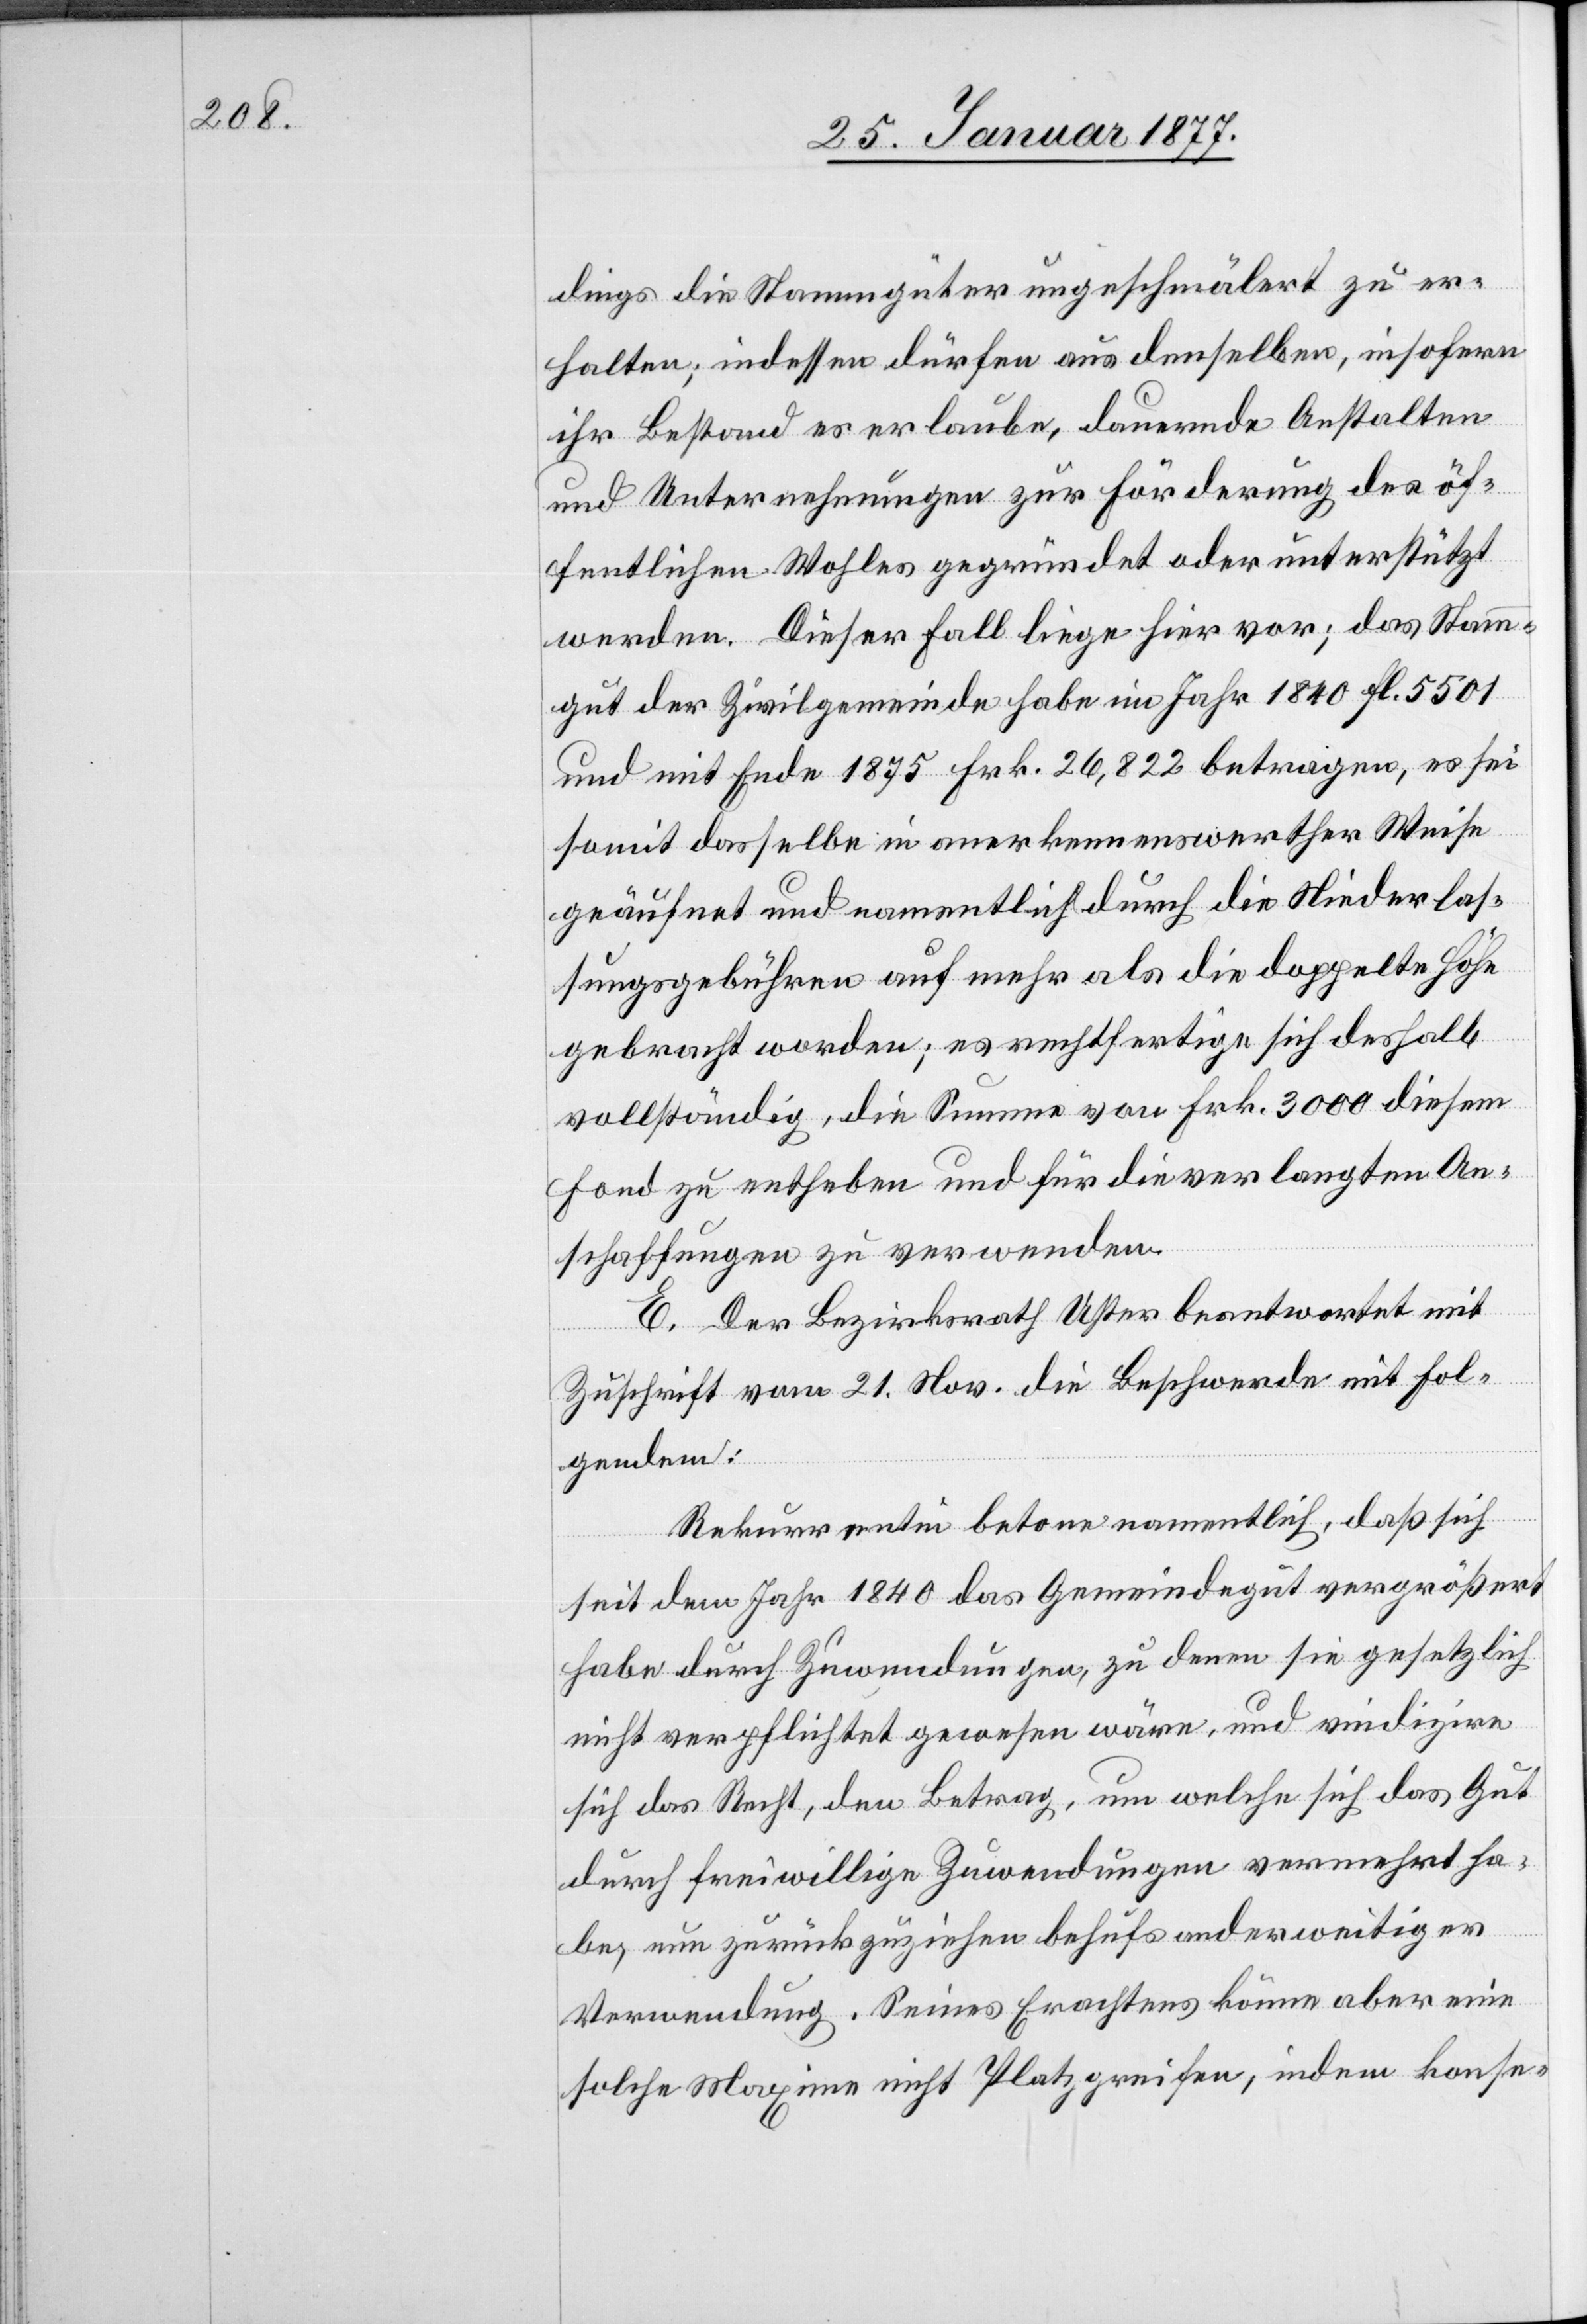
dings die Stammgüter ungeschmälert zu er¬
halten; indessen dürfen aus denselben, insofern
ihr Bestand es erlaube, dauernde Anstalten
und Unternehmungen zur Förderung des öf¬
fentlichen Wohles gegründet oder unterstützt
werden. Dieser Fall liege hier vor; das Stamm¬
gut der Zivilgemeinde habe im Jahr 1840 fl. 5501
und mit Ende 1875 Frk. 26,822 betragen, es sei
somit dasselbe in anerkennenswerther Weise
geäufnet und namentlich durch die Niederlas¬
sungsgebühren auf mehr als die doppelte Höhe
gebracht worden; es rechtfertige sich deshalb
vollständig, die Summe von Frk. 3000 diesem
Fond zu entheben und für die verlangten An¬
schaffungen zu verwenden.
E. Der Bezirksrath Uster beantwortet mit
Zuschrift vom 21. Nov. die Beschwerde mit Fol¬
gendem:
Rekurrentin betone namentlich, daß sich
seit dem Jahr 1840 das Gemeindegut vergrößert
habe durch Zuwendungen, zu denen sie gesetzlich
nicht verpflichtet gewesen wäre, und vindizire
sich das Recht, den Betrag, um welche[n] sich das Gut
durch freiwillige Zuwendungen vermehrt ha¬
be, nun zurückzuziehen behufs anderweitiger
Verwendung. Seines Erachtens könne aber eine
solche Maxime nicht Platz greifen, indem konse-